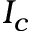
I _ { c }